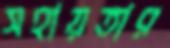
সহায়তার